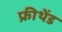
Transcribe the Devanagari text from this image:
फ्रीथेंड